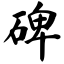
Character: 碑